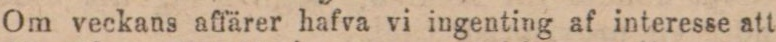
Om veckans affärer hafva vi ingenting af interesse att